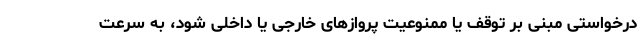
درخواستی مبنی بر توقف یا ممنوعیت پروازهای خارجی یا داخلی شود، به سرعت